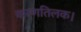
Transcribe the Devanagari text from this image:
करणतिलक।